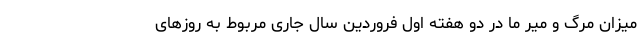
میزان مرگ و میر ما در دو هفته اول فروردین سال جاری مربوط به روزهای